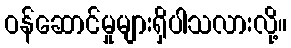
ဝန်ဆောင်မှုများရှိပါသလားလို့။